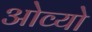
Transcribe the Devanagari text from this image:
ओव्यो